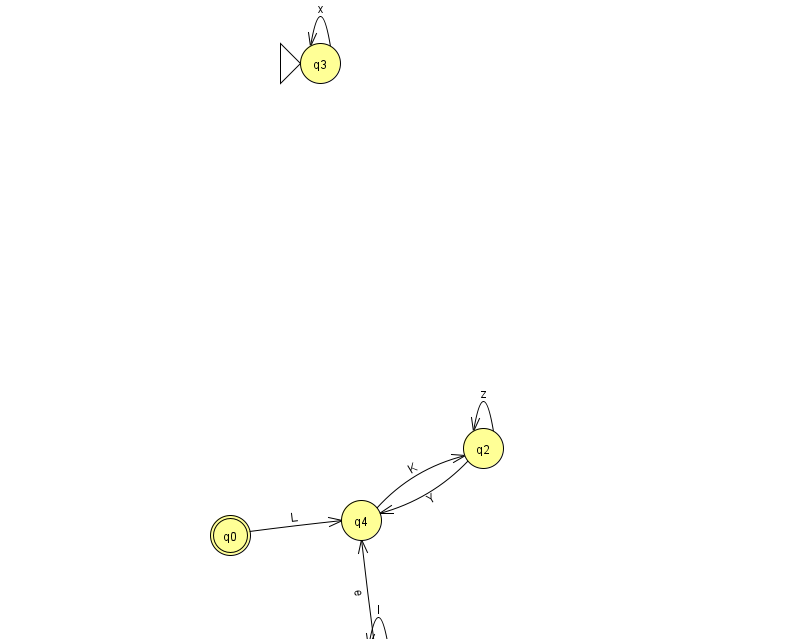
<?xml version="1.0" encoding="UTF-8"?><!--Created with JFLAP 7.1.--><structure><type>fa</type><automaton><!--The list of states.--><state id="0" name="q0"><x>230.0</x><y>522.0</y><final/></state><state id="1" name="q1"><x>378.0</x><y>651.0</y></state><state id="2" name="q2"><x>483.0</x><y>435.0</y></state><state id="3" name="q3"><x>320.0</x><y>50.0</y><initial/></state><state id="4" name="q4"><x>361.0</x><y>507.0</y></state><!--The list of transitions.--><transition><from>0</from><to>4</to><read>L</read></transition><transition><from>2</from><to>4</to><read>Y</read></transition><transition><from>4</from><to>2</to><read>K</read></transition><transition><from>1</from><to>4</to><read>e</read></transition><transition><from>3</from><to>3</to><read>x</read></transition><transition><from>2</from><to>2</to><read>z</read></transition><transition><from>1</from><to>1</to><read>l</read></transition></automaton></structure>